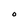
Character: O